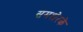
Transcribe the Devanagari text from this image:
समशेरके